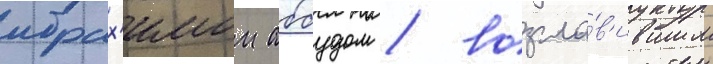
ибрах'имом аббудом / возгла́в'ившим